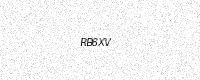
Text: RB6XV